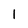
Character: 1